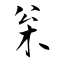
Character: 枀